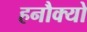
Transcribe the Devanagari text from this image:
हनौक्यो